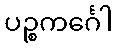
ပဉ္စကင်္ဂေါ